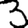
Digit: 3